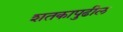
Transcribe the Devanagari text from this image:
शतकापुढील